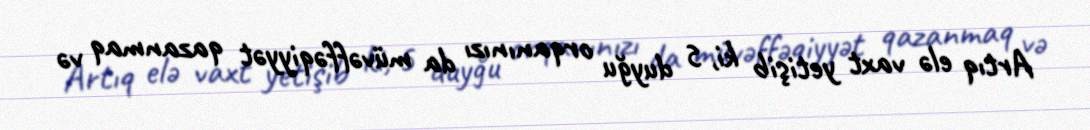
Artıq elə vaxt yetişib ki, 5 duyğu orqanınızı da müvəffəqiyyət qazanmaq və